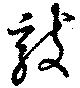
敷